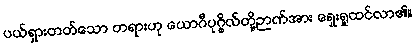
ပယ်ရှားတတ်သော တရားဟု ယောဂီပုဂ္ဂိုလ်တို့ဉာဏ်အား ရှေးရှုထင်လာ၏။